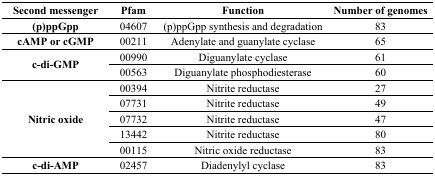
<table><thead><tr><td><b>Second messenger</b></td><td><b>Pfam</b></td><td><b>Function</b></td><td><b>Number of genomes</b></td></tr></thead><tbody><tr><td><b>(p)ppGpp</b></td><td>04607</td><td>(p)ppGpp synthesis and degradation</td><td>83</td></tr><tr><td><b>cAMP or cGMP</b></td><td>00211</td><td>Adenylate and guanylate cyclase</td><td>65</td></tr><tr><td rowspan="2"><b>c-di-GMP</b></td><td>00990</td><td>Diguanylate cyclase</td><td>61</td></tr><tr><td>00563</td><td>Diguanylate phosphodiesterase</td><td>60</td></tr><tr><td rowspan="5"><b>Nitric oxide</b></td><td>00394</td><td>Nitrite reductase</td><td>27</td></tr><tr><td>07731</td><td>Nitrite reductase</td><td>49</td></tr><tr><td>07732</td><td>Nitrite reductase</td><td>47</td></tr><tr><td>13442</td><td>Nitrite reductase</td><td>80</td></tr><tr><td>00115</td><td>Nitric oxide reductase</td><td>83</td></tr><tr><td><b>c-di-AMP</b></td><td>02457</td><td>Diadenylyl cyclase</td><td>83</td></tr></tbody></table>